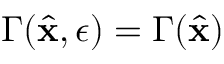
\Gamma ( \hat { \mathbf { x } } , \epsilon ) = \Gamma ( \hat { \mathbf { x } } )